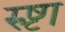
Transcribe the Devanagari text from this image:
रुष्टा